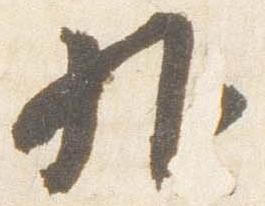
外